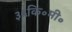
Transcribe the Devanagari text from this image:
३५कि॰मी॰